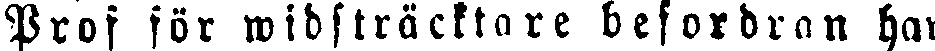
Prof för widsträcktare befordran har